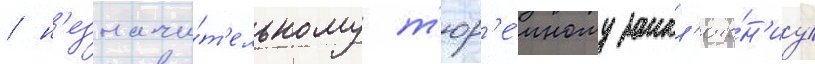
/ н'езначи́т'ельному т'юр'е́мному закл'юче́н'иу